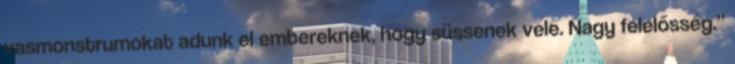
vasmonstrumokat adunk el embereknek, hogy süssenek vele. Nagy felelősség.”